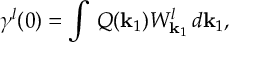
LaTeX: \gamma ^ { l } ( 0 ) = \int \, Q ( { \bf k } _ { 1 } ) W _ { { \bf k } _ { 1 } } ^ { l } \, d { \bf k } _ { 1 } ,